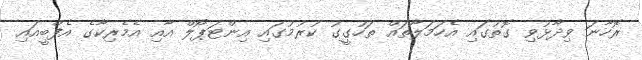
ރޮހާނަ ވިދާޅުވި ގޮތުގައި އެހަމަލާތައް ތަހުގީގު ކުރުމުގައި އިންޓަޕޯލް އާއި އެމެރިކާގެ އެފްބީއައި